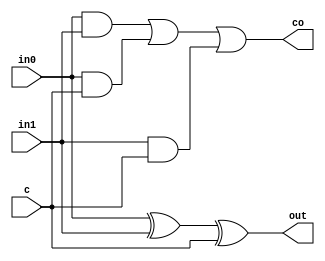
`timescale 1ns / 1ps
//////////////////////////////////////////////////////////////////////////////////
// Company: 
// Engineer: 
// 
// Design Name: 
// Module Name: full_adder
// Project Name: 
// Target Devices: 
// Tool Versions: 
// Description: 
// 
// Dependencies: 
// 
// Revision:
// Revision 0.01 - File Created
// Additional Comments:
// 
//////////////////////////////////////////////////////////////////////////////////


module full_adder(
input in0,
input in1,
input c,
output out,
output co
    );
    assign out=in0 ^ in1 ^ c;
    assign co=in0 & in1 | in0 & c | in1 & c;
endmodule